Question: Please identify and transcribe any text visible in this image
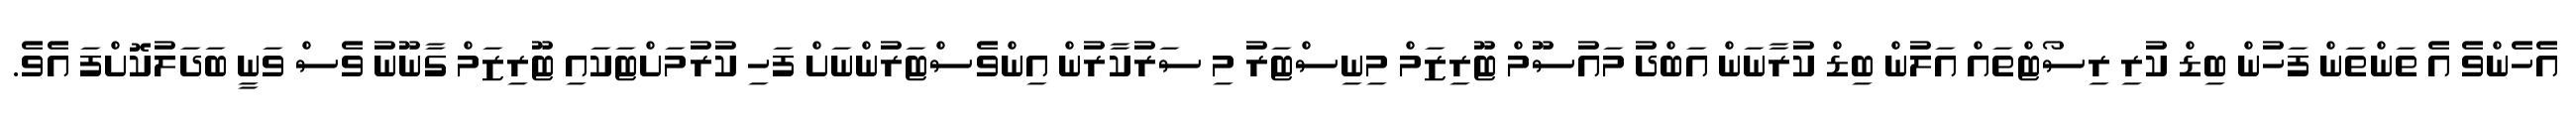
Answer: އެހެންވެ އެ ތަންތަން ފަހުން ބިޑް ކުރި ރިސޯޓްތައް އަލުން ބިޑް ކުރާނަން އަބްދު މައުސޫމް ޓޫރިޒަމް މިނިސްޓަރު މި ސަރުކާރުން އިންވެސްޓަރުންނަށް ފަހި ކުރުމަށްޓަކައި ޓޫރިޒަމް ގާނޫނު ވެސް ވަނީ ބަދަލުކޮށްފަ އެވެ.